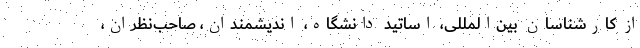
از کارشناسان بین‌المللی، اساتید دانشگاه، اندیشمندان، صاحب‌نظران،